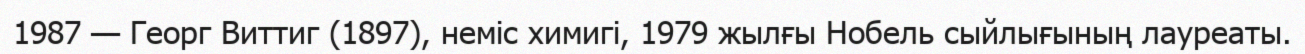
1987 — Георг Виттиг (1897), неміс химигі, 1979 жылғы Нобель сыйлығының лауреаты.